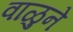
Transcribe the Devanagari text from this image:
वाळुने